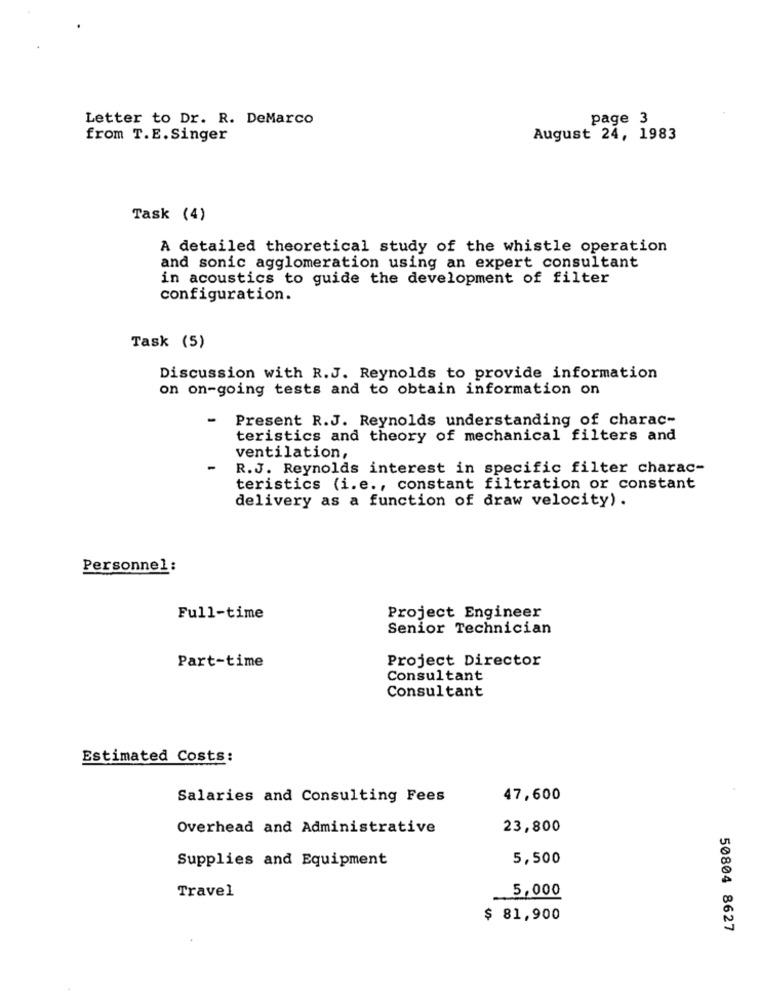
Letter to Dr. R. DeMarco
page 3
from T.E. Singer
August 24, 1983
Task (4)
A detailed theoretical study of the whistle operation
and sonic agglomeration using an expert consultant
in acoustics to guide the development of filter
configuration.
Task (5)
Discussion with R.J. Reynolds to provide information
on on-going tests and to obtain information on
-
Present R.J. Reynolds understanding of charac-
teristics and theory of mechanical filters and
ventilation,
R.J. Reynolds interest in specific filter charac-
teristics (i.e ., constant filtration or constant
delivery as a function of draw velocity) .
Personnel:
Full-time
Project Engineer
Senior Technician
Project Director
Part-time
Consultant
Consultant
Estimated Costs:
Salaries and Consulting Fees
47,600
Overhead and Administrative
23,800
Supplies and Equipment
5,500
Travel
5,000
$ 81,900
50804 8627